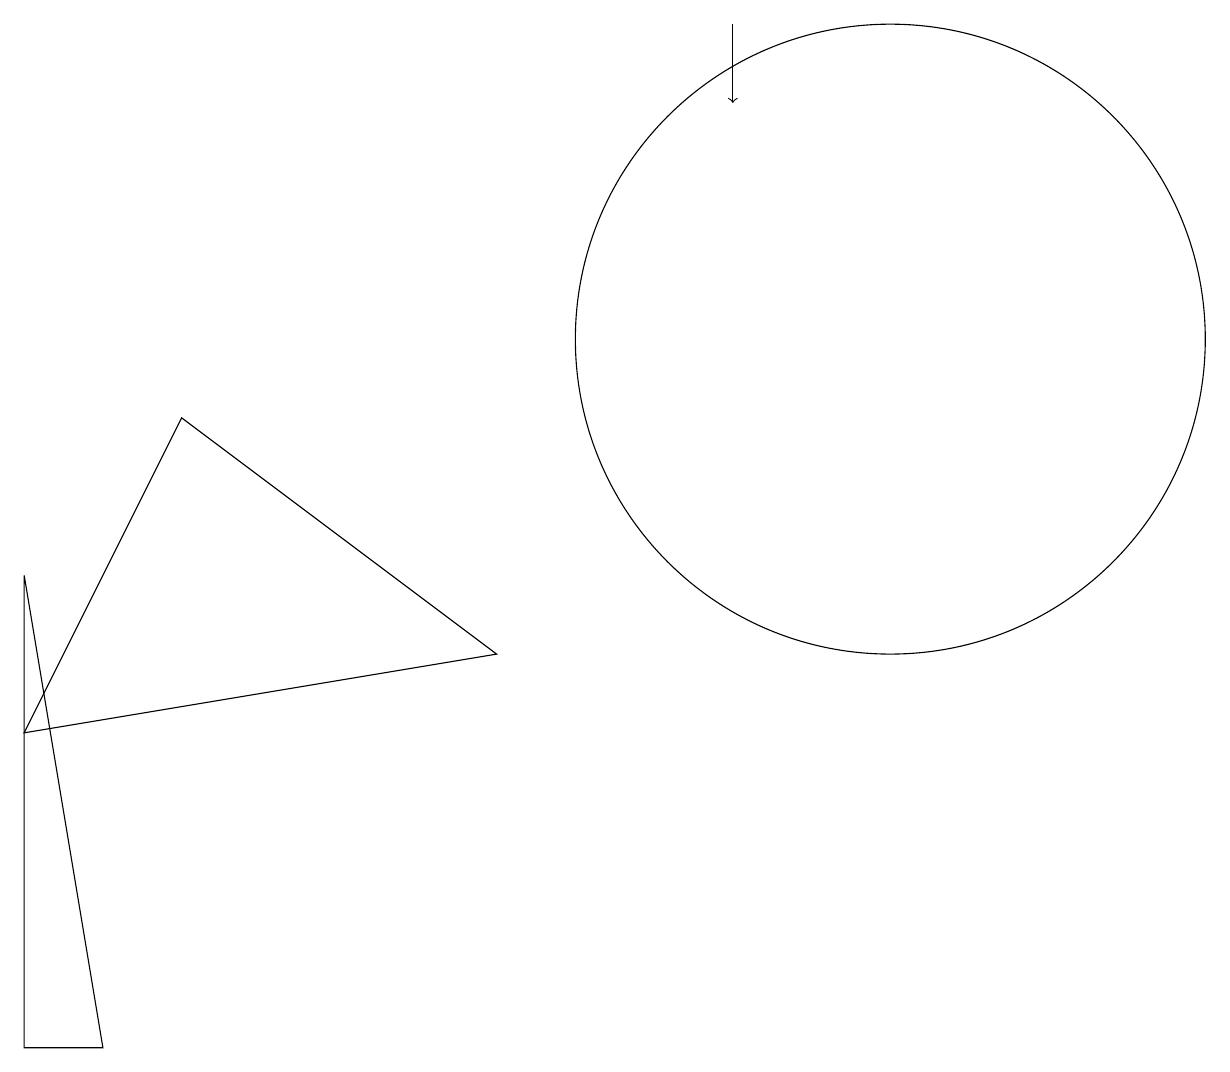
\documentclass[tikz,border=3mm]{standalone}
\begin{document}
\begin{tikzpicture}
\draw (2,9) -- (0,5) -- (6,6) -- cycle;
\draw (12,11) circle (0);
\draw (10,10) circle (0);
\draw (1,1) -- (0,1) -- (0,7) -- cycle;
\draw (11,10) circle (4);
\draw[->] (9,14) -- (9,13);
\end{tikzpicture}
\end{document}